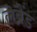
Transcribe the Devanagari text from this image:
लेब्रैंड